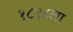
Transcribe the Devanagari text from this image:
१८९८ला